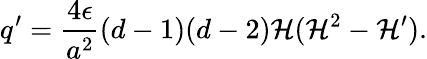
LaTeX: q^{\prime}=\frac{4\epsilon}{a^{2}}(d-1)(d-2){\cal H}({\cal H}^{2}-{\cal H}^{\prime}).